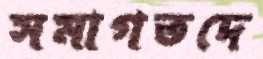
সমাগতদে